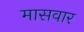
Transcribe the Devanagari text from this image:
मासवार